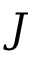
\boldsymbol { J }